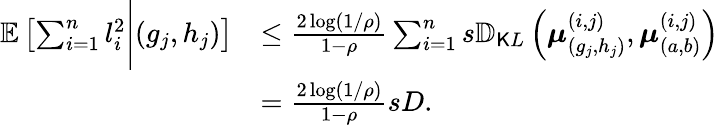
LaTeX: \begin{array}{rl}{\mathbb{E}\left[\sum_{i=1}^{n}l_{i}^{2}\Bigg|(g_{j},h_{j})\right]}&{\leq\frac{2\log(1/\rho)}{1-\rho}\sum_{i=1}^{n}s\mathbb{D}_{\mathsf KL}\left(\boldsymbol{\mu}_{(g_{j},h_{j})}^{(i,j)},\boldsymbol{\mu}_{(a,b)}^{(i,j)}\right)}\\ &{=\frac{2\log(1/\rho)}{1-\rho}sD.}\end{array}